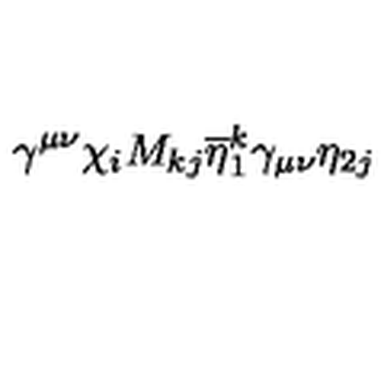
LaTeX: \gamma ^ { \mu \nu } \chi _ { i } M _ { k j } \overline { { \eta } } _ { 1 } ^ { k } \gamma _ { \mu \nu } \eta _ { 2 j }